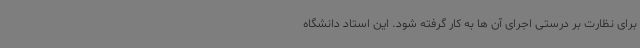
برای نظارت بر درستی اجرای آن ها به کار گرفته شود. این استاد دانشگاه